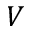
V